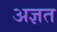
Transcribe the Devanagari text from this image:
अज्ञत